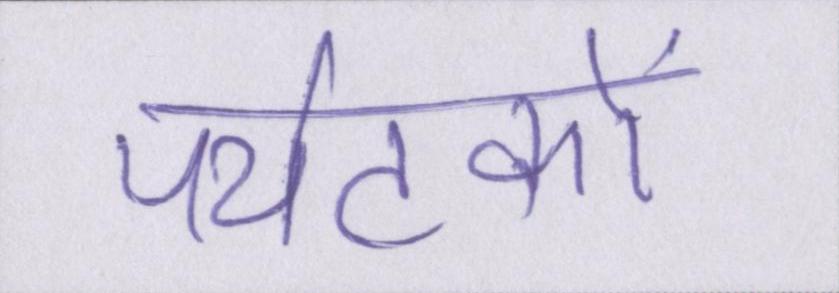
पर्यटकों